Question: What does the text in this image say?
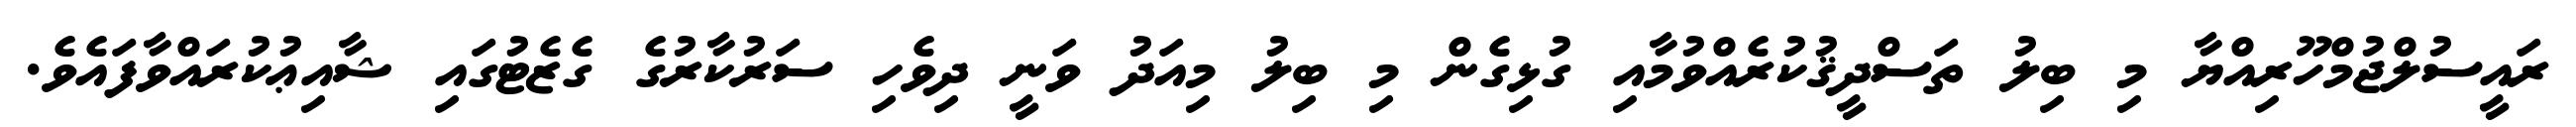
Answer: ރައީސުލްޖުމްހޫރިއްޔާ މި ބިލު ތަސްދީޤުކުރެއްވުމާއި ގުޅިގެން މި ބިލު މިއަދު ވަނީ ދިވެހި ސަރުކާރުގެ ގެޒެޓުގައި ޝާއިޢުކުރައްވާފައެވެ.